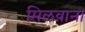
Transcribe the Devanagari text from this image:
मिलवाना